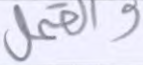
والقمل